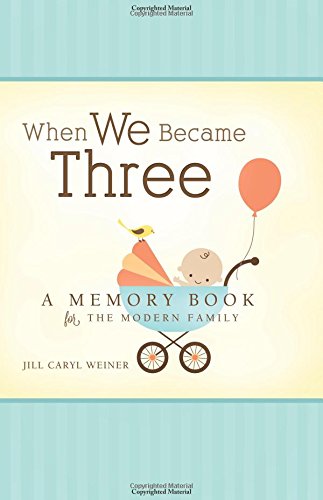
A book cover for When We Became Three: A Memory Book for the Modern Family; Jill Caryl Weiner; Humor & Entertainment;